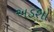
અડશો